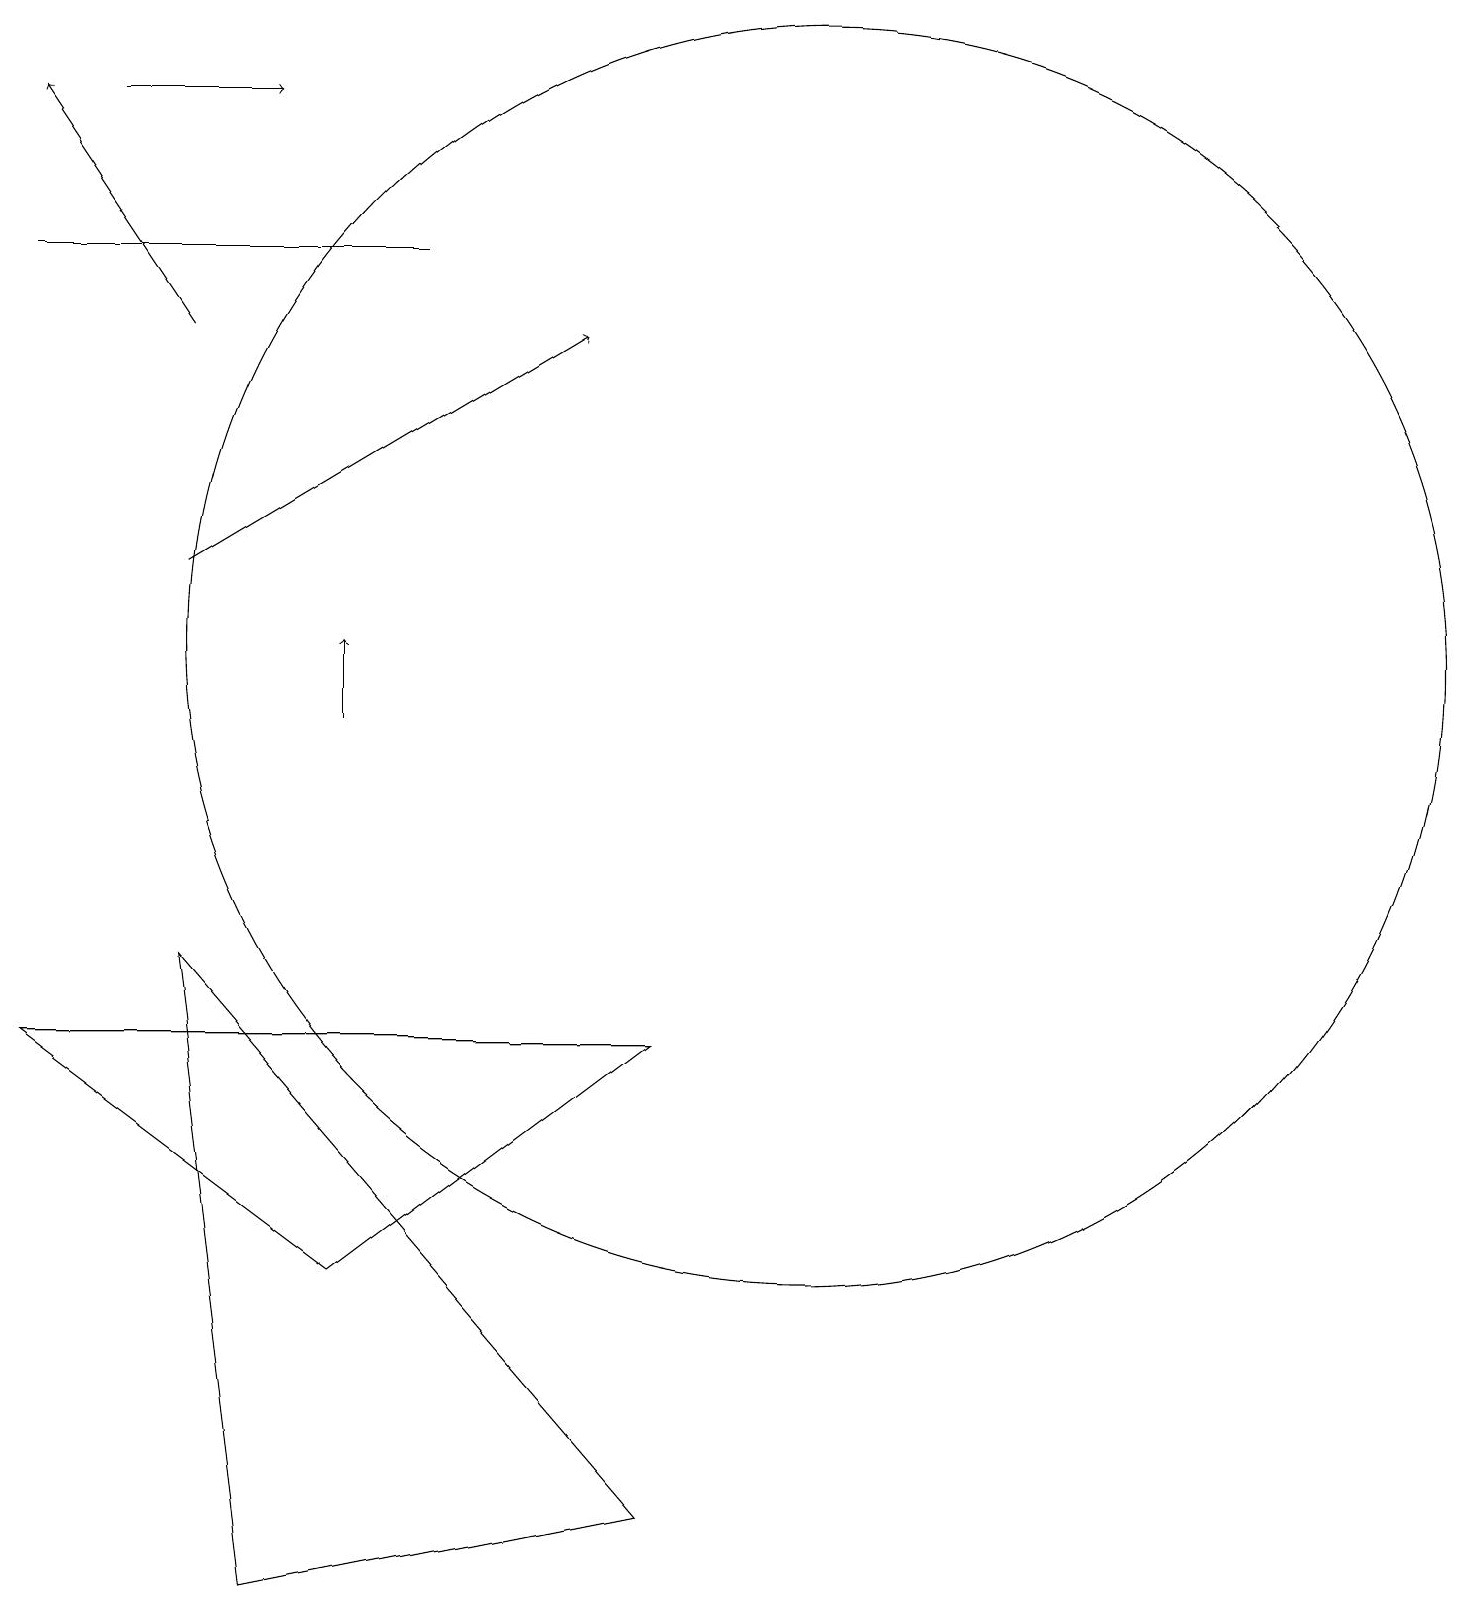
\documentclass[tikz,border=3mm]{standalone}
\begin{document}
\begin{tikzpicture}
\draw (1,17) rectangle (6,17);
\draw[->] (2,19) -- (4,19);
\draw[->] (5,11) -- (5,12);
\draw (11,12) circle (8);
\draw (9,7) -- (5,4) -- (1,7) -- cycle;
\draw[->] (3,16) -- (1,19);
\draw[->] (3,13) -- (8,16);
\draw (9,1) -- (3,8) -- (4,0) -- cycle;
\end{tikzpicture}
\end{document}